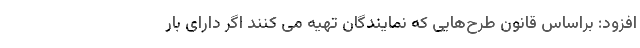
افزود: براساس قانون طرح‌هایی که نمایندگان تهیه می کنند اگر دارای بار